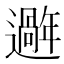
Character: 𫑑